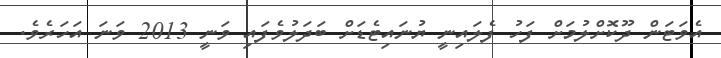
އެވަޓަން ދޫކޮށްލުމަށް ފަހު ފެލައިނީ ޔުނައިޓެޑަށް ބަދަލުވެފައި ވަނީ 2013 ވަނަ އަހަރެވެ.